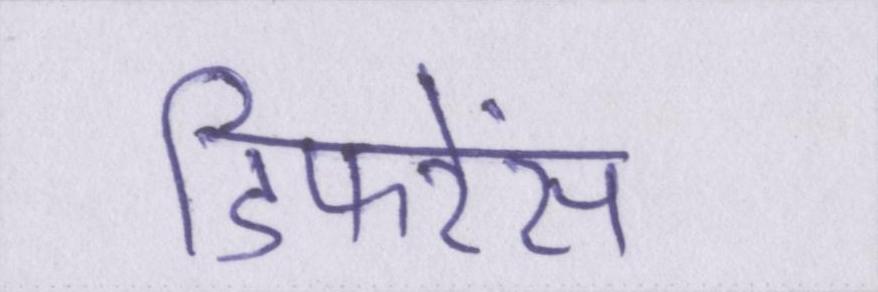
डिफरेंस